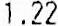
1.22